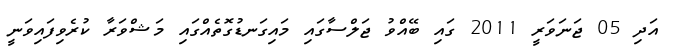
އަދި 05 ޖަނަވަރީ 2011 ގައި ބޭއްވު ޖަލްސާގައި މައިގަނޑުގޮތެއްގައި މަޝްވަރާ ކުރެވިފައިވަނީ